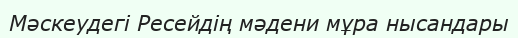
Мәскеудегі Ресейдің мәдени мұра нысандары